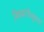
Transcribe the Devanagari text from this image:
स्त्रियांनीसुध्दा